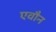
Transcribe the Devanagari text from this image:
एवौन